Indian journal of veterinary science and animal husbandry - Volumes 22-23, 1952-1953
Year: 1952
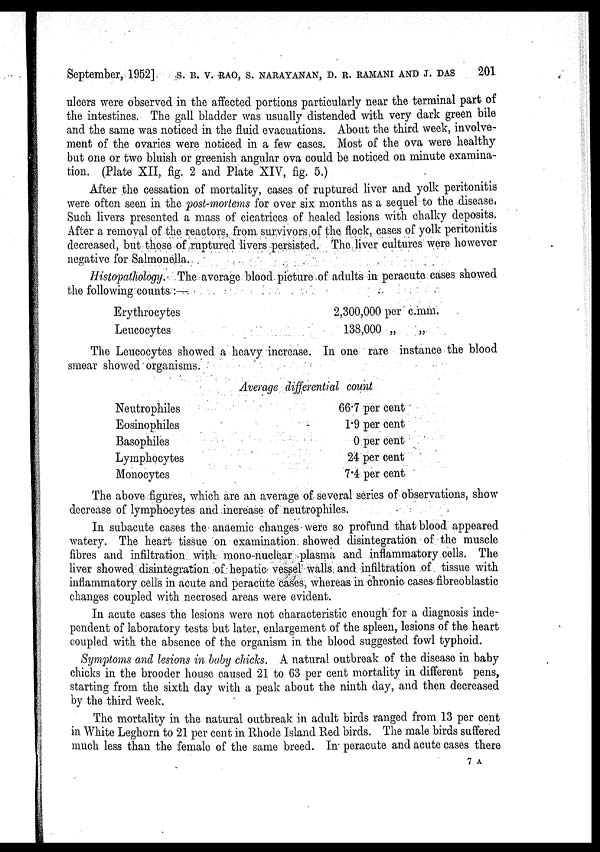
September, 1952]. S. B. V. RAO, S. NARAYANAN, D. R. RAMANI AND J. DAS 201
ulcers were observed in the affected portions particularly near the terminal part of
the intestines. The gall bladder was usually distended with very dark green bile
and the same was noticed in the fluid evacuations. About the third week, involve-
ment of the ovaries were noticed in a few cases. Most of the ova were healthy
but one or two bluish or greenish angular ova could be noticed on minute examina-
tion. (Plate XII, fig. 2 and Plate XIV, fig. 5.)
After the cessation of mortality, cases of ruptured liver and yolk peritonitis
were often seen in the post-mortems for over six months as a sequel to the disease,
Such livers presented a mass of cicatrices of healed lesions with chalky deposits.
After a removal of the reactors, from survivors of the flock, cases of yolk peritonitis
decreased, but those of ruptured livers persisted. The liver cultures were however
negative for Salmonella.
Histopathology. The average blood picture of adults in peracute cases showed
the following counts,
Erythrocytes
Leucocytes
2,300,000 per c.mm.
138,000 „
„
The Leucocytes showed a heavy increase. In one rare instance the blood
smear showed organisms.
Neutrophiles
Eosinophiles
Basophiles
Lymphocytes
Monocytes
Average differential count
66.7 per cent
1.9 per cent
0 per cent
24 per cent
7.4 per cent
The above figures, which are an average of several series of observations, show
decrease of lymphocytes and increase of neutrophiles.
In subacute cases the anaemic changes were so profund that blood appeared
watery. The heart tissue on examination showed disintegration of the muscle
fibres and infiltration with mono-nuclear plasma and inflammatory cells. The
liver showed disintegration of hepatic vessel walls, and infiltration of tissue with
inflammatory cells in acute and peracute cases, whereas in chronic cases fibreoblastic
changes coupled with necrosed areas were evident.
In acute cases the lesions were not characteristic enough for a diagnosis inde-
pendent of laboratory tests but later, enlargement of the spleen, lesions of the heart
coupled with the absence of the organism in the blood suggested fowl typhoid.
Symptoms and lesions in baby chicks. A natural outbreak of the disease in baby
chicks in the brooder house caused 21 to 63 per cent mortality in different pens,
starting from the sixth day with a peak about the ninth day, and then decreased
by the third week.
The mortality in the natural outbreak in adult birds ranged from 13 per cent
in White Leghorn to 21 per cent in Rhode Island Red birds. The male birds suffered
much less than the female of the same breed. In peracute and acute cases there
7A